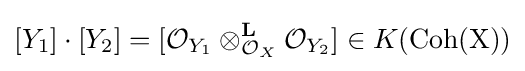
[Y_{1}]\cdot [Y_{2}]=[{\mathcal {O}}_{Y_{1}}\otimes _{{\mathcal {O}}_{X}}^{\mathbf {L} }{\mathcal {O}}_{Y_{2}}]\in K({\text{Coh(X)}})